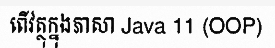
ពើវត្ថុក្នុងភាសា Java 11 (OOP)